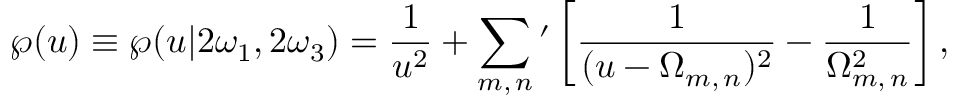
\wp ( u ) \equiv \wp ( u | 2 \omega _ { 1 } , 2 \omega _ { 3 } ) = { \frac { 1 } { u ^ { 2 } } } + \sum _ { m , \, n } { } ^ { \prime } \left[ { \frac { 1 } { ( u - \Omega _ { m , \, n } ) ^ { 2 } } } - { \frac { 1 } { \Omega _ { m , \, n } ^ { 2 } } } \right] ,